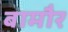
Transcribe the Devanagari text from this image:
बामौर